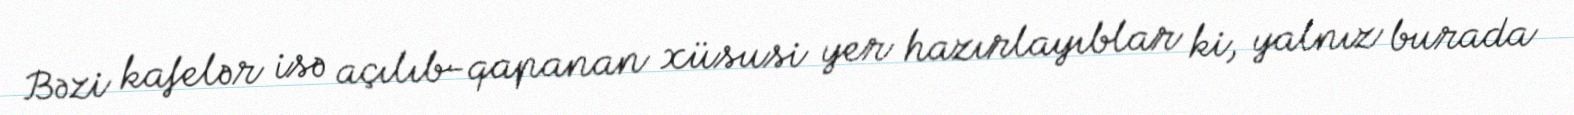
Bəzi kafelər isə açılıb-qapanan xüsusi yer hazırlayıblar ki, yalnız burada